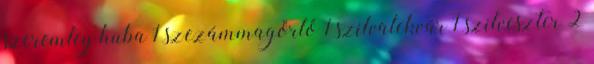
szeremley huba 1 szezámmagőrlő 1 szilvalekvár 1 szilveszter 2